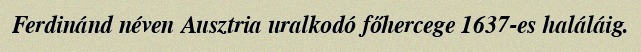
Ferdinánd néven Ausztria uralkodó főhercege 1637-es haláláig.